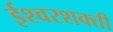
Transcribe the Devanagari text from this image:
ईश्वरशक्ती